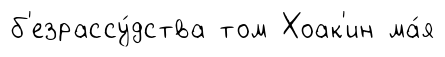
б'езрассу́дства том Хоак'ин ма́я